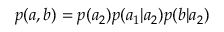
p ( a , b ) = p ( a _ { 2 } ) p ( a _ { 1 } | a _ { 2 } ) p ( b | a _ { 2 } )